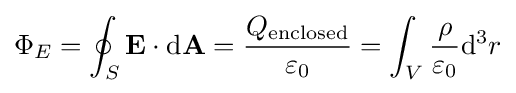
\Phi _{E}=\oint _{S}\mathbf {E} \cdot \mathrm {d} \mathbf {A} ={Q_{\text{enclosed}} \over \varepsilon _{0}}=\int _{V}{\rho  \over \varepsilon _{0}}\mathrm {d} ^{3}r